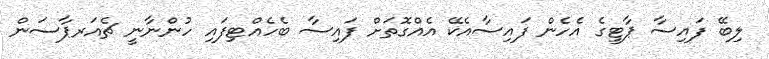
ލިބޭ ފައިސާ ޕާޓީގެ އެހެން ފައިސާއެކޭ އެއްގޮތަށް ފައިސާ ބެހެއްޓިފައި ހުންނާނީ ޗެއަރޕާސަން